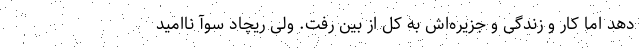
دهد اما کار و زندگی و جزیره‌اش به کل از بین رفت. ولی ریچاد سوآ ناامید